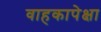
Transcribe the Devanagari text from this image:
वाहकापेक्षा